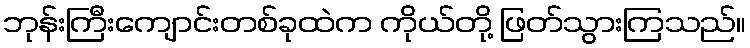
ဘုန်းကြီးကျောင်းတစ်ခုထဲက ကိုယ်တို့ ဖြတ်သွားကြသည်။